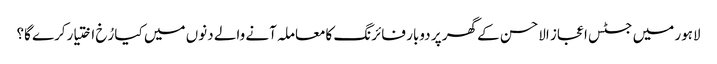
لاہور میں جسٹس اعجاز الاحسن کے گھر پر دوبار فائرنگ کامعاملہ آنے والے دنوں میں کیا رُخ اختیارکرے گا؟